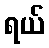
ရယ်